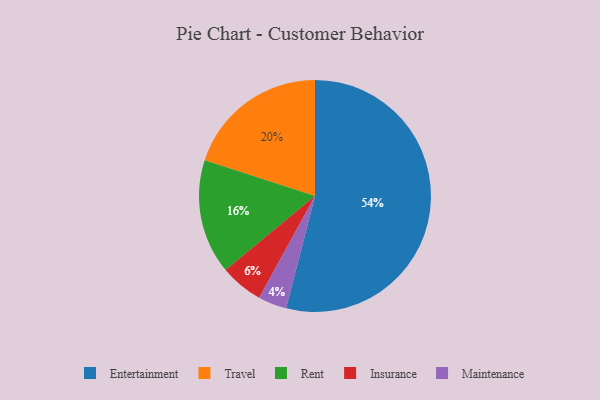
{"axis": {"x": "Category", "y": "Percentage"}, "legend": ["Entertainment", "Insurance", "Maintenance", "Rent", "Travel"], "data": [{"x": "Entertainment", "y": 54, "type": "Entertainment"}, {"x": "Insurance", "y": 6, "type": "Insurance"}, {"x": "Rent", "y": 16, "type": "Rent"}, {"x": "Travel", "y": 20, "type": "Travel"}, {"x": "Maintenance", "y": 4, "type": "Maintenance"}]}